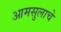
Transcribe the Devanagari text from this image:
आमसुलाचे